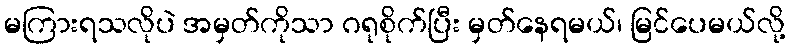
မကြားရသလိုပဲ အမှတ်ကိုသာ ဂရုစိုက်ပြီး မှတ်နေရမယ်၊ မြင်ပေမယ်လို့